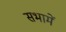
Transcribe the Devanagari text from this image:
सभामें